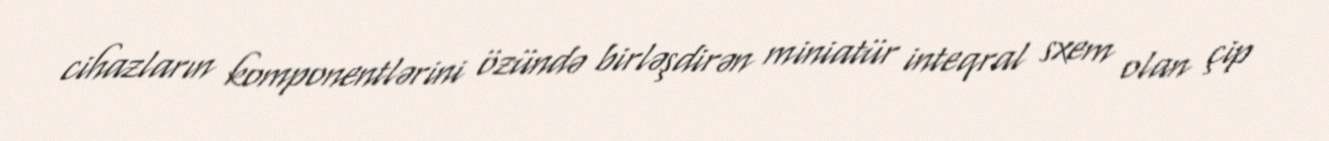
cihazların komponentlərini özündə birləşdirən miniatür inteqral sxem olan çip